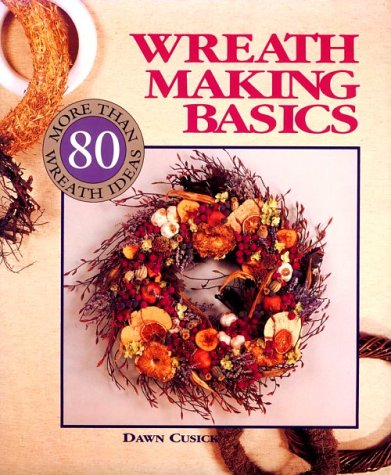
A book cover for Wreath Making Basics: More Than 80 Wreath Ideas; Dawn Cusick; Crafts, Hobbies & Home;